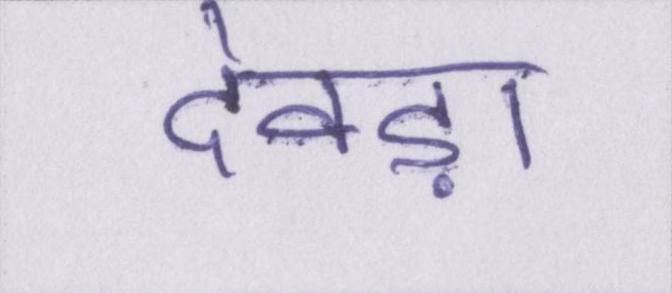
देवड़ा